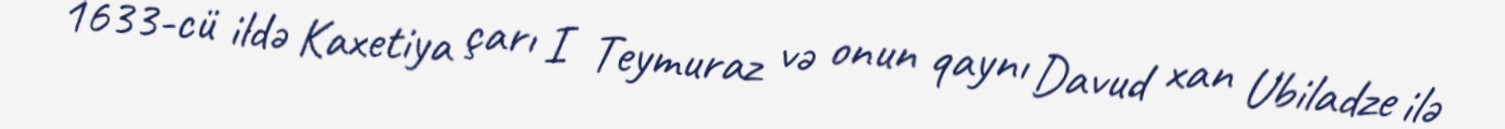
1633-cü ildə Kaxetiya çarı I Teymuraz və onun qaynı Davud xan Ubiladze ilə